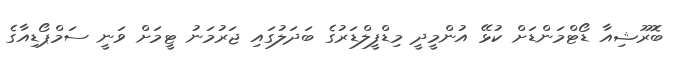
ބޮރޫޝިއާ ޑޯޓްމަންޑަށް ކުޅޭ އުންމީދީ މިޑްފީލްޑަރުގެ ބަދަލުގައި ޖަރުމަނު ޓީމަށް ވަނީ ސަމްޕޯޑިއާގެ